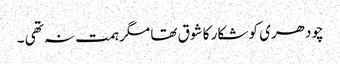
چودھری کو شکار کا شوق تھا مگر ہمت نہ تھی ۔